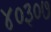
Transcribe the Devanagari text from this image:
४०३०७